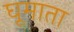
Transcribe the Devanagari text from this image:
घूमाता